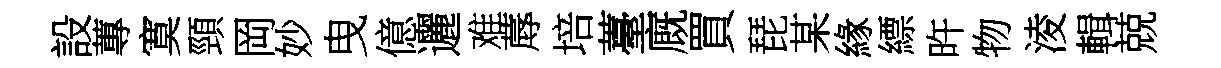
設蓴寞頸岡妙曳億邐难蓐培薹廐買琵某緣縹旿物淩輯兢